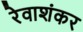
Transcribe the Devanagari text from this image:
रेवाशंकर